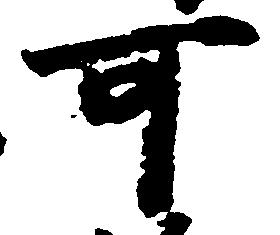
可